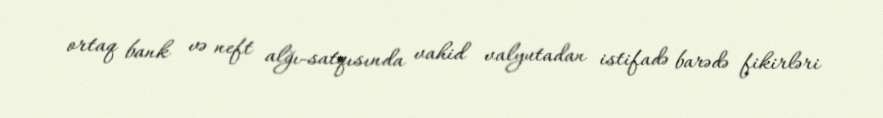
ortaq bank və neft alğı-satqısında vahid valyutadan istifadə barədə fikirləri